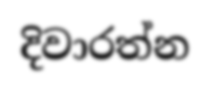
දිවාරත්න